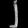
Digit: ၂